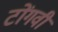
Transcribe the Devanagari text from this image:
टोंगवी